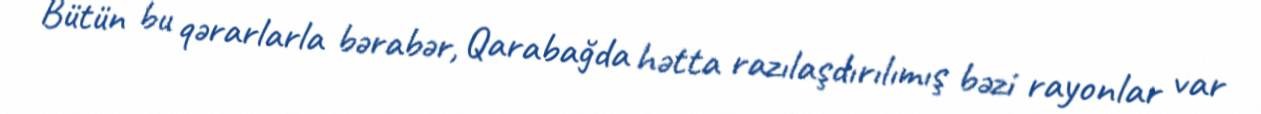
Bütün bu qərarlarla bərabər, Qarabağda hətta razılaşdırılımış bəzi rayonlar var